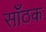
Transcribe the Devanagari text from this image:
साँठक